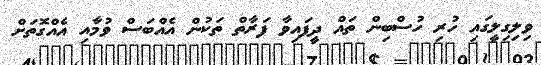
ވިލިގިލީގައި ހުރި ހުސްބިން ތައް ދީފައިވާ ފަރާތް ތަކުން އެއްބަސް ވުމާއި އެއްގޮތަށް